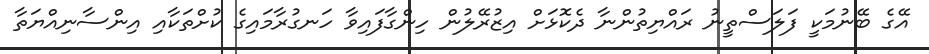
އޭގެ ބޭނުމަކީ ފަލަސްތީނު ރައްޔިތުންނާ ދެކޮޅަށް އިޒުރޭލުން ހިންގާފައިވާ ހަނގުރާމައިގެ ކުށްތަކާއި އިންސާނިއްޔަތާ